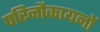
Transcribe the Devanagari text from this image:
परिनौकायनों